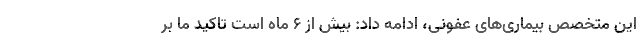
این متخصص بیماری‌های عفونی، ادامه داد: بیش از ۶ ماه است تاکید ما بر